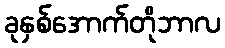
ခုနှစ်အောက်တိုဘာလ